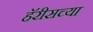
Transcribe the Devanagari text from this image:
हॅरीसच्या